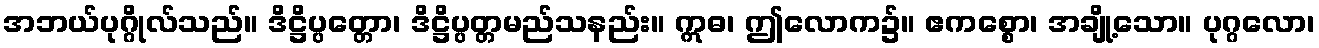
အဘယ်ပုဂ္ဂိုလ်သည်။ ဒိဋ္ဌိပ္ပတ္တော၊ ဒိဋ္ဌိပ္ပတ္တမည်သနည်း။ ဣဓ၊ ဤလောက၌။ ဧကစ္စော၊ အချို့သော။ ပုဂ္ဂလော၊